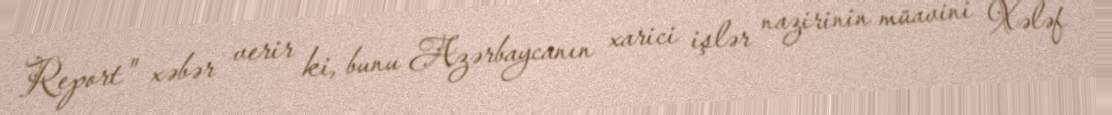
Report" xəbər verir ki, bunu Azərbaycanın xarici işlər nazirinin müavini Xələf